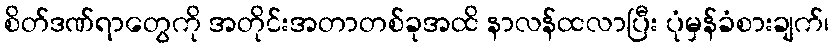
စိတ်ဒဏ်ရာတွေကို အတိုင်းအတာတစ်ခုအထိ နာလန်ထလာပြီး ပုံမှန်ခံစားချက်၊